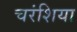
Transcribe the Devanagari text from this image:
चरंशिया